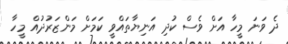
ދެ ވަނަ މީހާ އަށް ވެސް ކުދި އަނިޔާތައްވީ ކަމަށް މަންޒަރުދުއް މީހާ